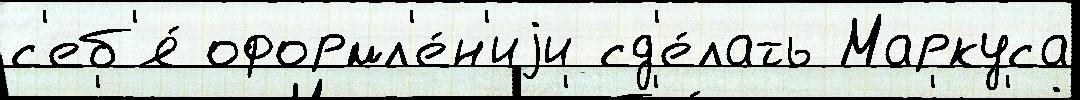
с'еб'я́ оформл'е́н'иjи сд'е́лать Маркуса